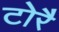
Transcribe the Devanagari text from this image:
टोरै